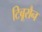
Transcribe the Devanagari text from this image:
टिबूरौन